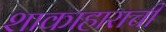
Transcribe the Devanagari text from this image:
शाकाहाराची